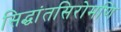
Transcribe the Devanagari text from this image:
सिद्धांतसिरोमणि